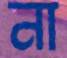
না